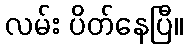
လမ်း ပိတ်နေပြီ။